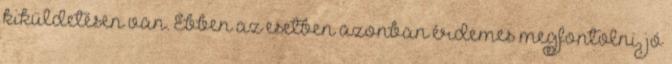
kiküldetésen van. Ebben az esetben azonban érdemes megfontolni, jó